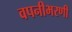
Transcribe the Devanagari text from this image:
वपनीभरणी